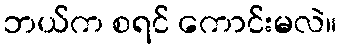
ဘယ်က စရင် ကောင်းမလဲ။